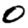
Digit: 0